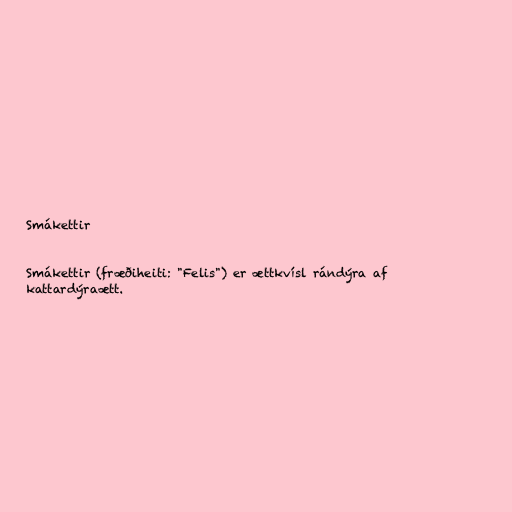
Smákettir

Smákettir (fræðiheiti: "Felis") er ættkvísl rándýra af
kattardýraætt.